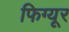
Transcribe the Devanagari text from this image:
फिग्यूर